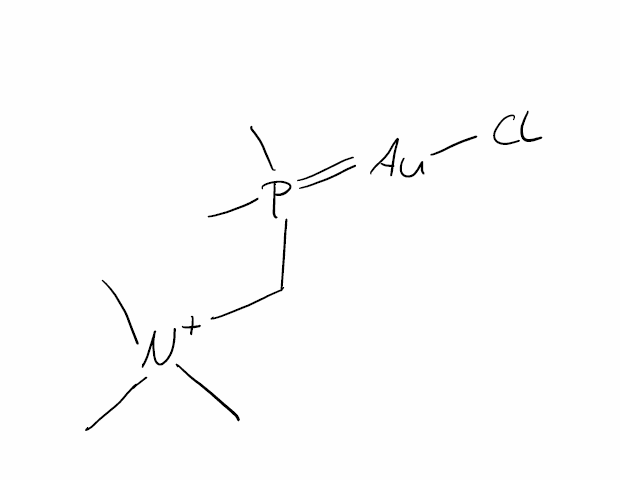
Simplified molecular-input line-entry system (SMILES) notation of the given molecule:
C[N+](C)(C)CP(=[Au]Cl)(C)C